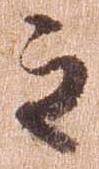
之